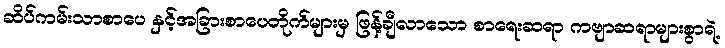
ဆိပ်ကမ်းသာစာပေ နှင့်အခြားစာပေတိုက်များမှ ဖြန့်ချီလာသော စာရေးဆရာ ကဗျာဆရာများစွာရဲ့